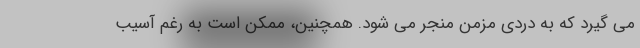
می گیرد که به دردی مزمن منجر می شود. همچنین، ممکن است به رغم آسیب